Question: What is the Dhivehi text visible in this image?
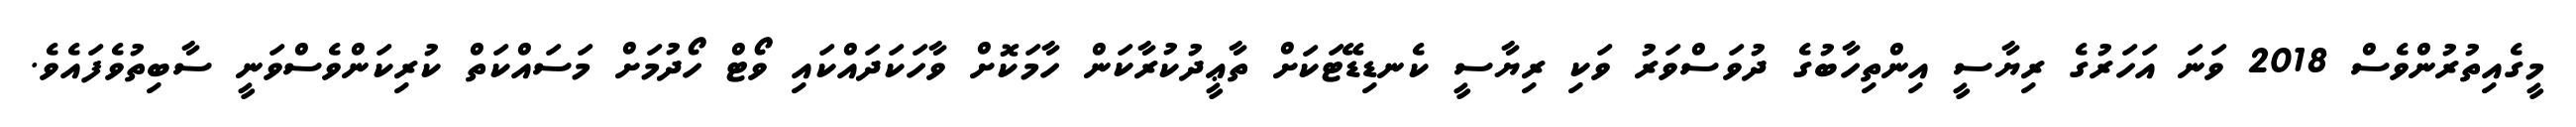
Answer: މީގެއިތުރުންވެސް 2018 ވަނަ އަހަރުގެ ރިޔާސީ އިންތިހާބުގެ ދުވަސްވަރު ވަކި ރިޔާސީ ކެނޑިޑޭޓަކަށް ތާޢީދުކުރާކަން ހާމަކޮށް ވާހަކަދައްކައި ވޯޓް ހޯދުމަށް މަސައްކަތް ކުރިކަންވެސްވަނީ ސާބިތުވެފައެވެ.